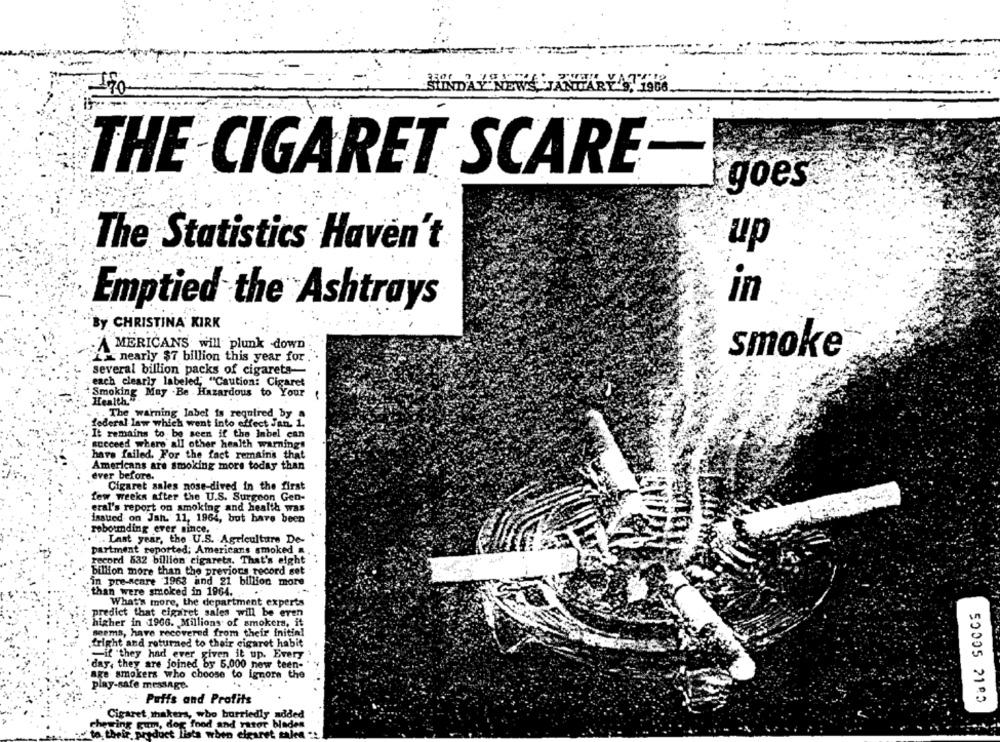
CEXW
29, 1966
THE CIGARET SCARE-
goes
The Statistics Haven't
up
in
Emptied the Ashtrays
By CHRISTINA' KIRK
AMERICANS will plunk down
smoke
Lx nearly $7 billion this year for
several billion packs of cigarets-
each clearly labeled, "Caution: Cigaret
Smoking May . Be . Hazardous to Your
Health."
The warning label is required by a
federal law which went into effect Jan. 1.
It remains to be seen if the Inbel can
succeed where all other health warnings
have failed. For the fact remains that
Americans are smoking mors today than
ever before.
Cigaret sales nose-dived in the first
few weeks after the U.S. Surgeon Gen-
etal's report on smoking and health was
issued on Jah. 11, 1964, but have been
rebounding ever since,
Last year, the U.S. Agriculture De-
partment reported; Americans smoked
record 632 billion cigarets. That's eight
billion more than the previous record set
in pre-seare 1963 and 21 billion more
than were smoked in 1964.
What's more, the department experts
Cale SCOCS
predict that cigaret sales will be even
higher in 1966. Millions of smokers, it
seems, have recovered from their initial
.fright and returned to their cigaret habit
-if they had ever given it up. Every
"day, they are joined by 5.000 now teen-
age smokers who choose to ignore the
play-safe message.
: Puffs and Profits
Cigaret makers, who burriedly added
hewing gum, dog food and rator bladen
to their product lista when cigaret salen ::